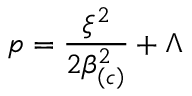
p = \frac { \xi ^ { 2 } } { 2 \beta _ { \left( c \right) } ^ { 2 } } + \Lambda